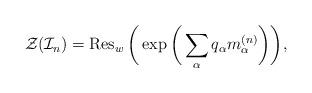
LaTeX: \begin{gather*}{\cal{Z}}({\cal{I}}_{n}) = \operatorname{Res}_{w} \bigg( \exp \bigg(\sum_{\alpha} q_{\alpha} m_{\alpha}^{(n)} \bigg) \bigg),\end{gather*}